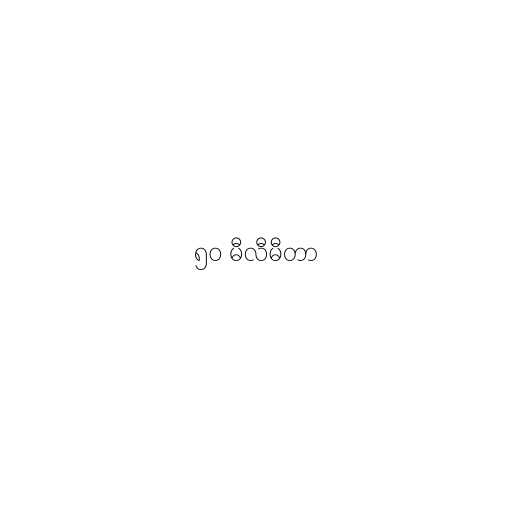
၅၀ မီလီမီတာ